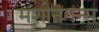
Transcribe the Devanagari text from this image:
मशीनगन्स